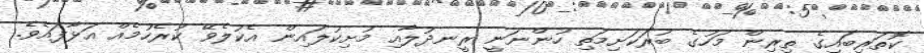
ކޮތަރިބައިގެ ތިރިން މަހުގެ ބުރަކަށިމަތި ހުންނަނީ ރީނދުލާއި މުށިކުލައިން އެކުލެވޭ ކުރެހުމެއް އަޅާފައެވެ.